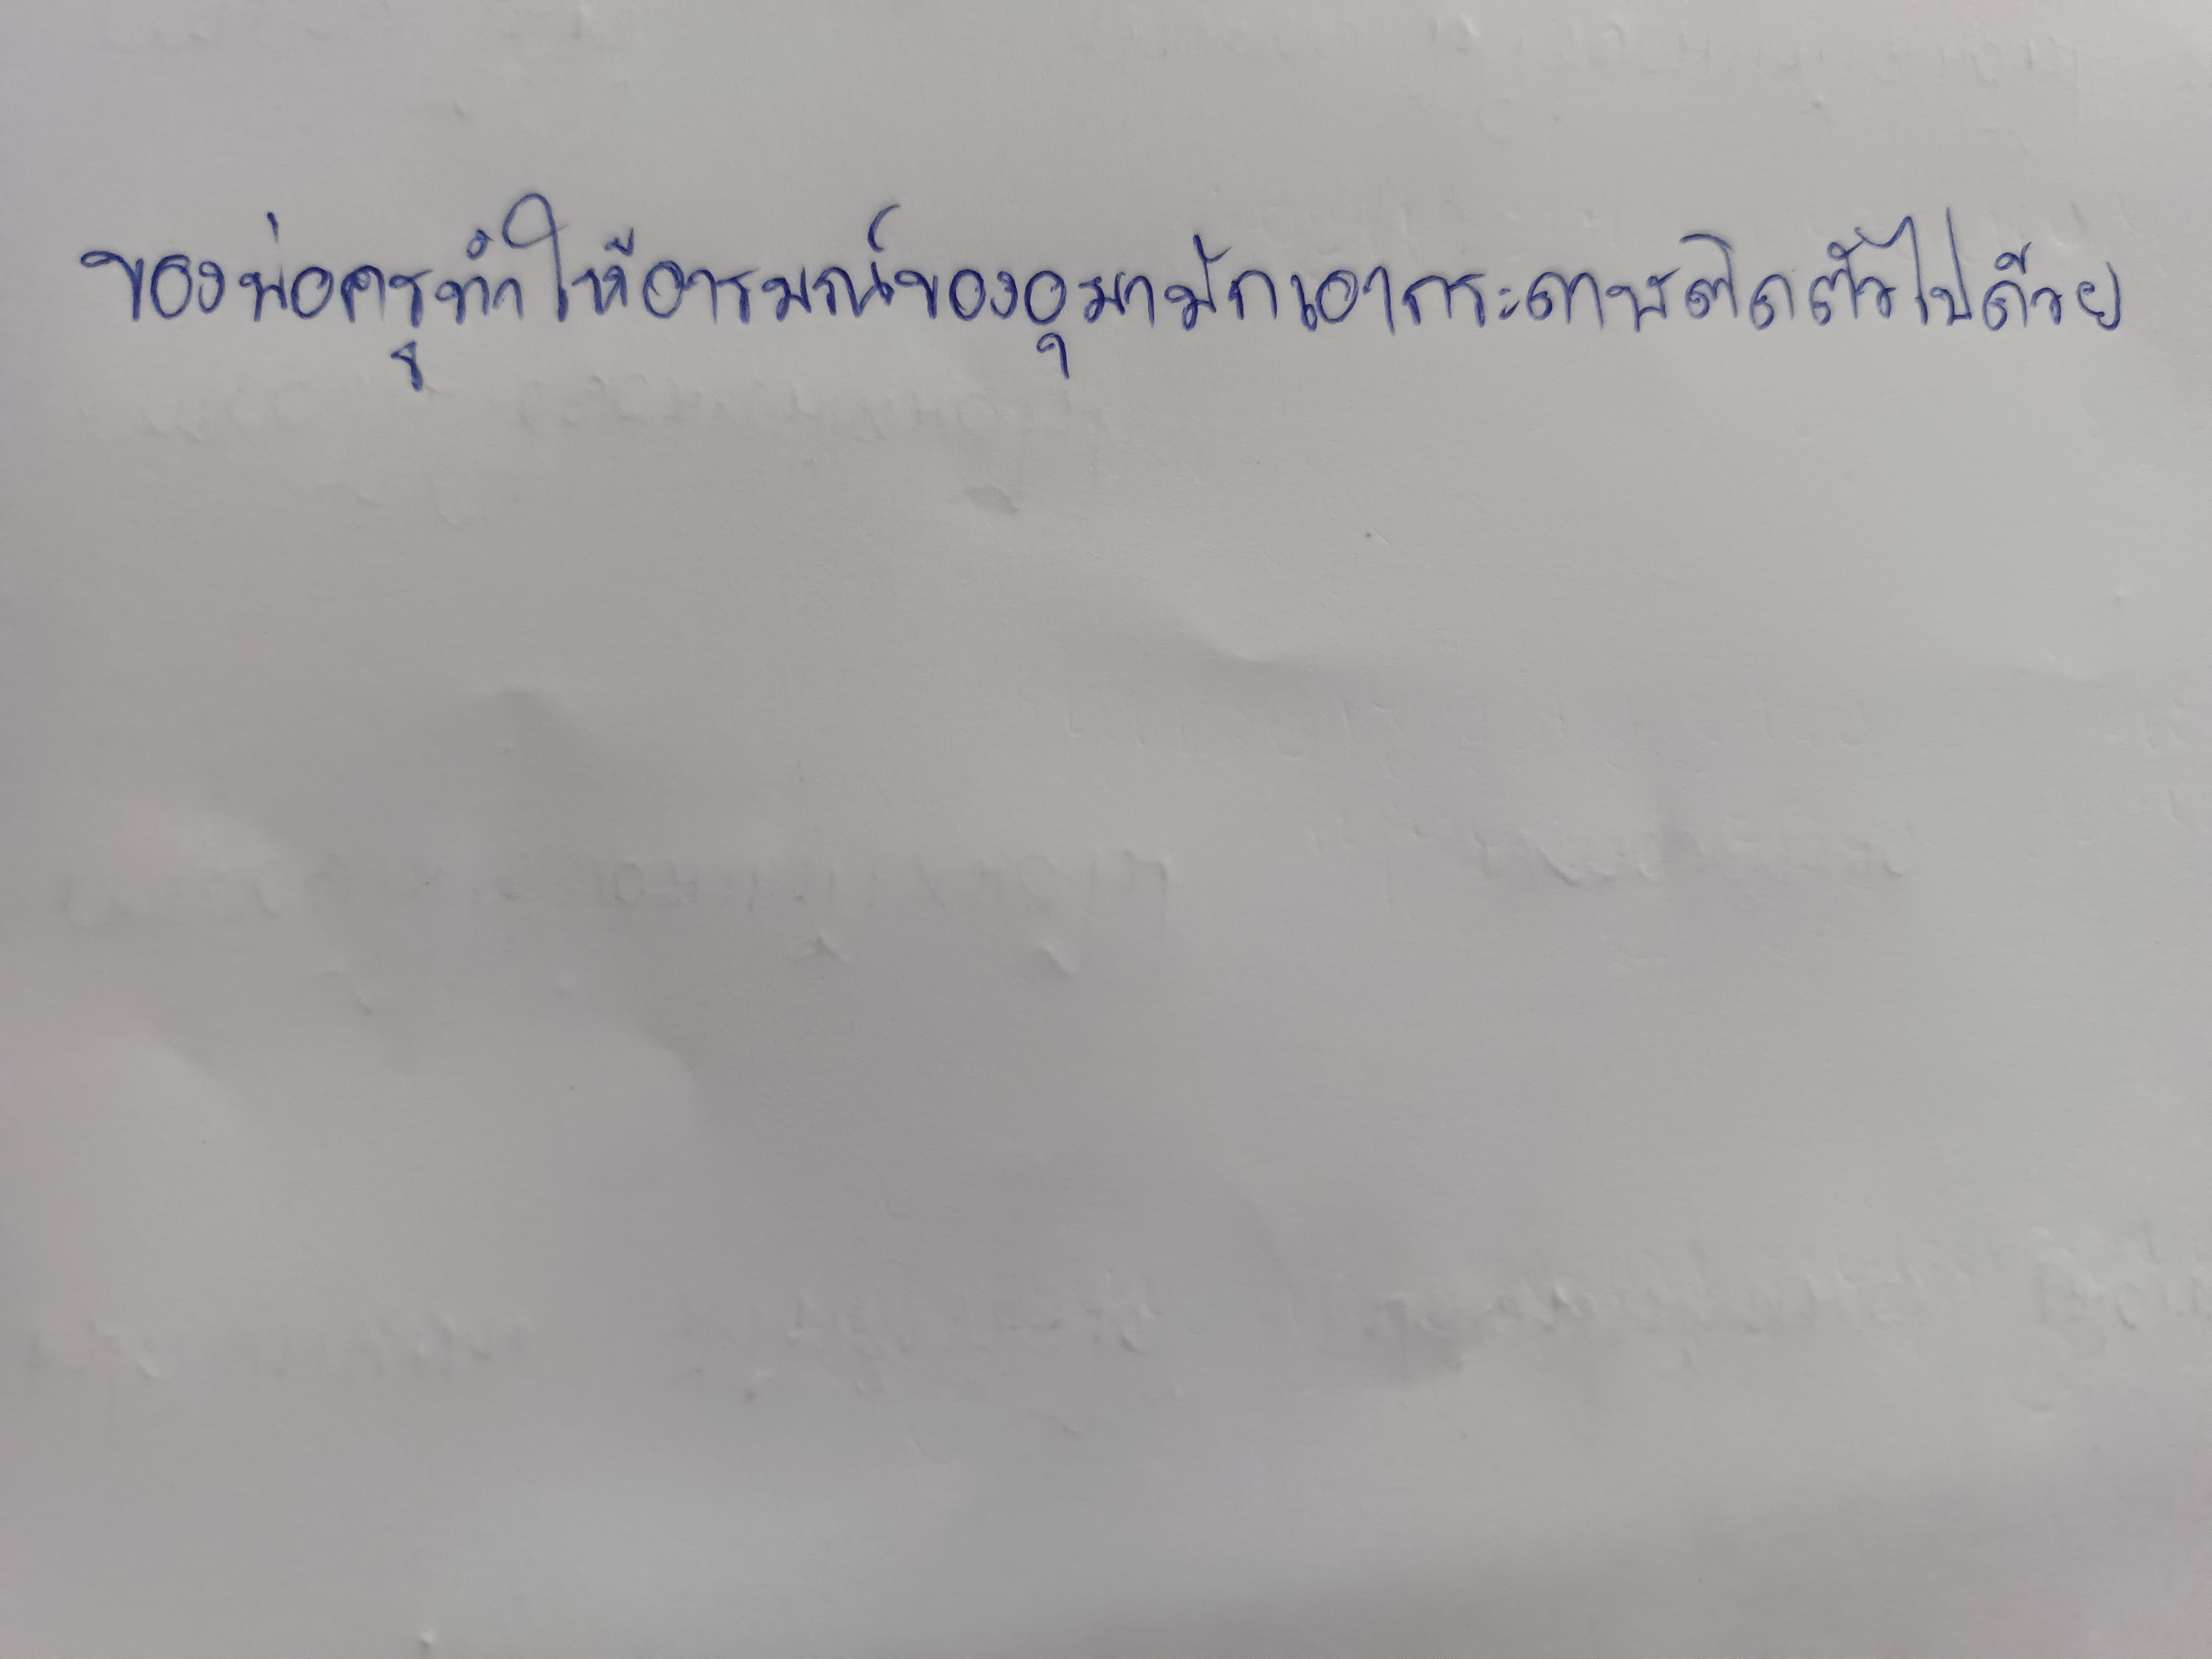
ของพ่อครูทำให้อารมณ์ของอุมามักเอากระดาษติดตัวไปด้วย